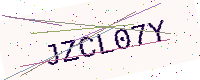
Text: JZCL07Y